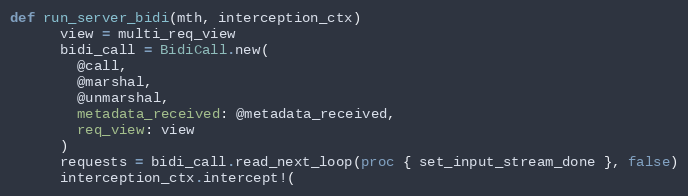
Language: Ruby
def run_server_bidi(mth, interception_ctx)
      view = multi_req_view
      bidi_call = BidiCall.new(
        @call,
        @marshal,
        @unmarshal,
        metadata_received: @metadata_received,
        req_view: view
      )
      requests = bidi_call.read_next_loop(proc { set_input_stream_done }, false)
      interception_ctx.intercept!(